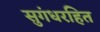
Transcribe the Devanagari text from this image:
सुगंधरहित